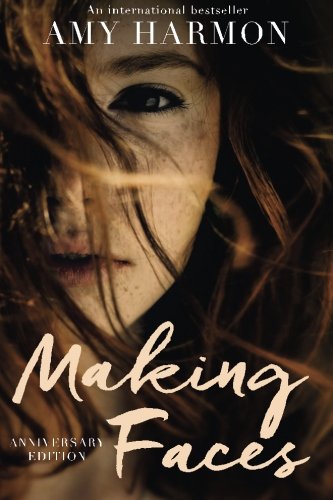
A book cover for Making Faces; Amy Harmon; Literature & Fiction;